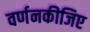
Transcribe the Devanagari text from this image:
वर्णनकीजिए